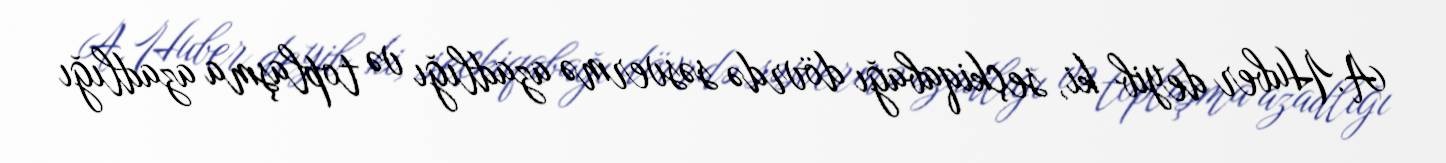
A.Huber deyib ki, seçkiqabağı dövrdə səsvermə azadlığı və toplaşma azadlığı